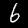
Label: 6